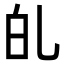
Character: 癿